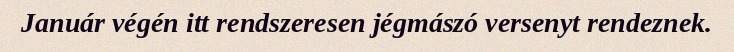
Január végén itt rendszeresen jégmászó versenyt rendeznek.